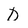
Character: D